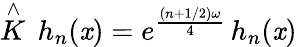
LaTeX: \stackrel{\wedge}{K}\, h_{n}(\mathit{x})=e^{\frac{{(n+1/2)\omega}}{{4}}}\, h_{n}(\mathit{x})